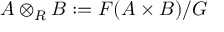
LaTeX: A \otimes _ { R } B : = F ( A \times B ) / G